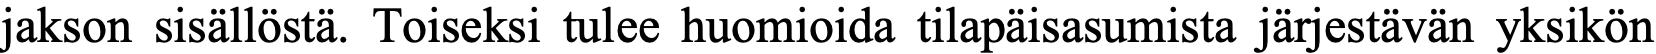
jakson sisällöstä. Toiseksi tulee huomioida tilapäisasumista järjestävän yksikön